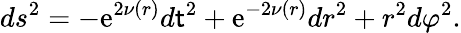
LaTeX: ds^{2}=-\mathrm{e}^{2\nu(r)}d\mathsf{t}^{2}+\mathrm{e}^{-2\nu(r)}dr^{2}+r^{2}d\varphi^{2}.